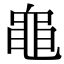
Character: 𪓑